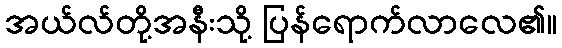
အယ်လ်တို့အနီးသို့ ပြန်ရောက်လာလေ၏။